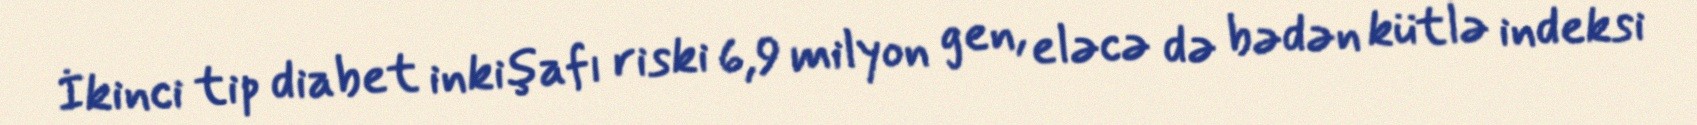
İkinci tip diabet inkişafı riski 6,9 milyon gen, eləcə də bədən kütlə indeksi